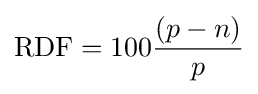
{\text{RDF}}=100{(p-n) \over p}